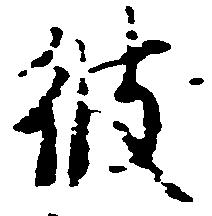
彼